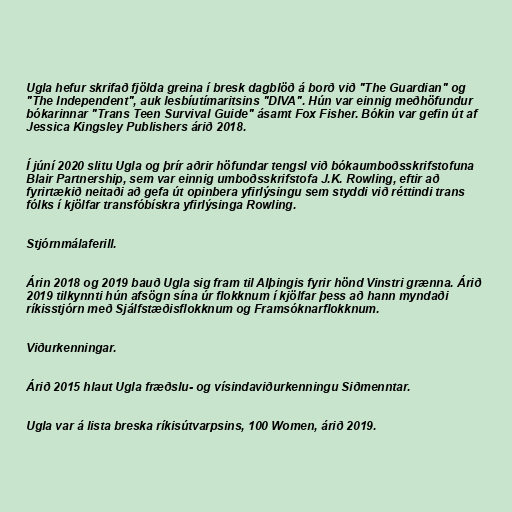
Ugla hefur skrifað fjölda greina í bresk dagblöð á borð við "The Guardian" og
"The Independent", auk lesbíutímaritsins "DIVA". Hún var einnig meðhöfundur
bókarinnar "Trans Teen Survival Guide" ásamt Fox Fisher. Bókin var gefin út af
Jessica Kingsley Publishers árið 2018.

Í júní 2020 slitu Ugla og þrír aðrir höfundar tengsl við bókaumboðsskrifstofuna
Blair Partnership, sem var einnig umboðsskrifstofa J.K. Rowling, eftir að
fyrirtækið neitaði að gefa út opinbera yfirlýsingu sem styddi við réttindi trans
fólks í kjölfar transfóbískra yfirlýsinga Rowling.

Stjórnmálaferill.

Árin 2018 og 2019 bauð Ugla sig fram til Alþingis fyrir hönd Vinstri grænna. Árið
2019 tilkynnti hún afsögn sína úr flokknum í kjölfar þess að hann myndaði
ríkisstjórn með Sjálfstæðisflokknum og Framsóknarflokknum.

Viðurkenningar.

Árið 2015 hlaut Ugla fræðslu- og vísindaviðurkenningu Siðmenntar.

Ugla var á lista breska ríkisútvarpsins, 100 Women, árið 2019.